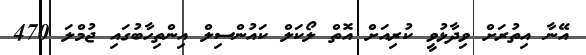
އޭނާ އިތުރަށް ވިދާޅުވީ ކުރިއަށް އޮތް ލޯކަލް ކައުންސިލް އިންތިހާބުގައި ޖުމްލަ 470